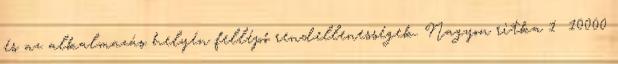
és az alkalmazás helyén fellépő rendellenességek. Nagyon ritka 1 10000